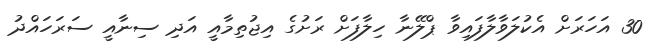
30 އަހަރަށް އެކުލަވާލާފައިވާ ޕްލޭނާ ހިލާފަށް ރަށުގެ އިޖުތިމާއީ އަދި ސިނާއީ ސަރަހައްދު